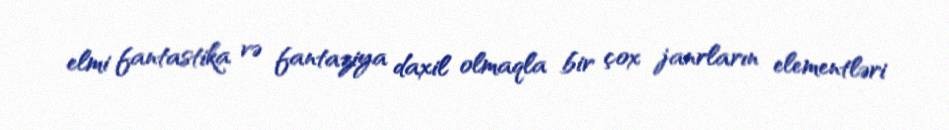
elmi fantastika və fantaziya daxil olmaqla bir çox janrların elementləri